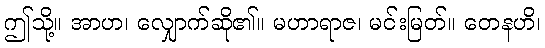
ဤသို့။ အာဟ၊ လျှောက်ဆို၏။ မဟာရာဇ၊ မင်းမြတ်။ တေနဟိ၊